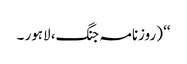
‘‘ (روزنامہ جنگ، لاہور ۔